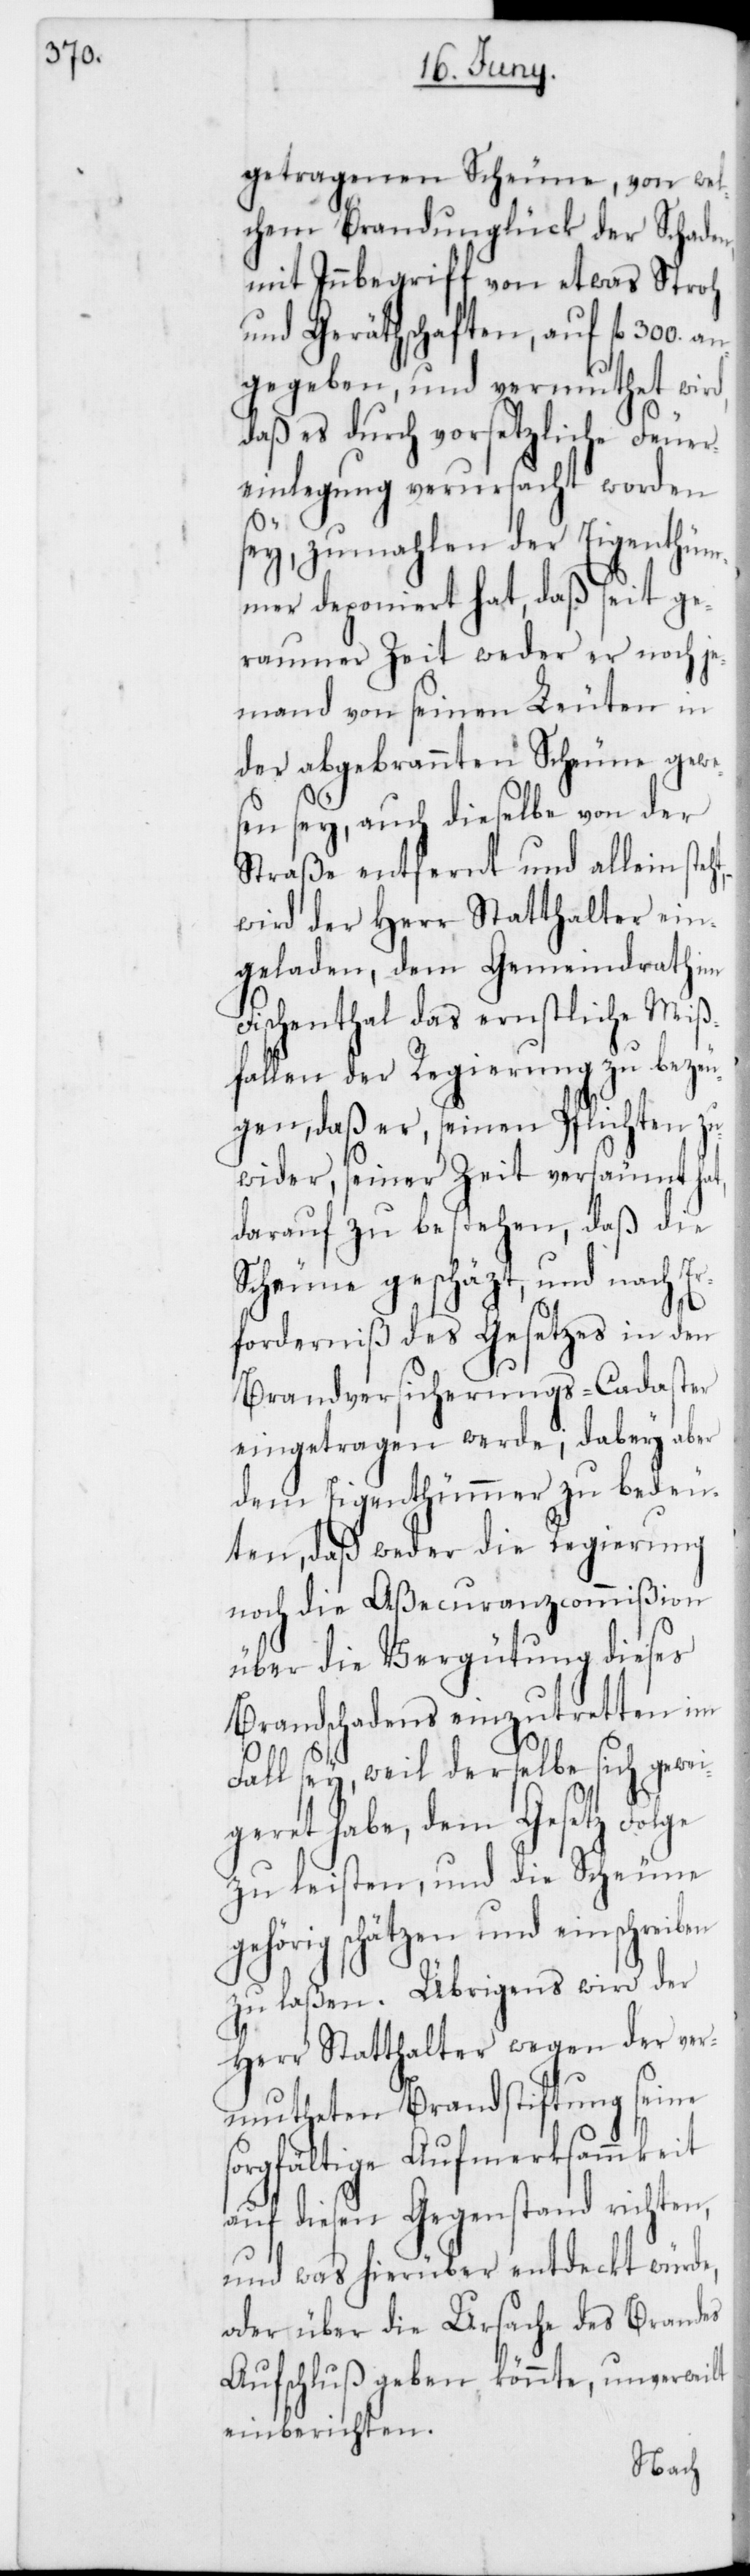
ht, –

getragenen Scheune, von wel¬
chem Brandunglück der Schaden,
mit Innbegriff von etwas Stroh
und Geräthschaften, auf fl. 300.
angegeben, und vermuthet wird,
daß es durch vorsätzliche Feuer¬
einlegung verursacht worden
sey, zumahlen der Eigenthüm¬
mer deponiert hat, daß seit ge¬
raumer Zeit weder er noch je¬
mand von seinen Leuten in
der abgebrannten Scheune gewe¬
sen sey, auch dieselbe von der
Straße entfernt und allein ste¬
wird der Herr Statthalter ein¬
geladen, dem Gemeindrath im
Fischenthal das ernstliche Miß¬
fallen der Regierung zu bezeu¬
gen, daß er, seinen Pflichten z¬
uwider, seiner Zeit versäumt hat,
darauf zu bestehen, daß die
Scheune geschätzt und nach Er¬
forderniß des Gesetzes in den
Brandversicherungs-Cadaster
eingetragen werde, dabey aber
dem Eigenthümmer zu bedeu¬
ten, daß weder die Regierung
noch die Aßecuranzcommißion
über die Vergütung dieses
Brandschadens einzutretten im
Fall sey, weil derselbe sich gewei¬
geret habe, dem Gesetz Folge
zu leisten, und die Scheune
gehörig schätzen und einschreiben
zu laßen. Übrigens wird der
Herr Statthalter wegen der ver¬
mutheten Brandstiftung seine
sorgfältige Aufmerksammkeit
auf diesen Gegenstand richten,
und was hierüber entdeckt würde,
oder über die Ursache des Brandes
Aufschluß geben könnte, unverweilt
einberichten.